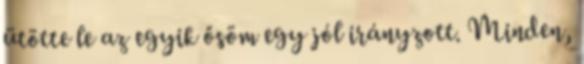
ütötte le az egyik ősöm egy jól irányzott. Minden,